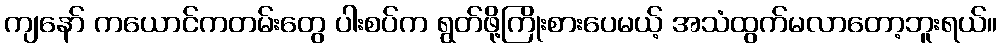
ကျနော် ကယောင်ကတမ်းတွေ ပါးစပ်က ရွတ်ဖို့ကြိုးစားပေမယ့် အသံထွက်မလာတော့ဘူးရယ်။